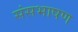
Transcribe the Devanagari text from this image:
संसभाषण